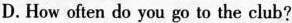
D.How often do you go to the club?